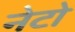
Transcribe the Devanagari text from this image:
नेटो